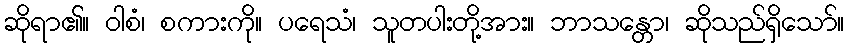
ဆိုရာ၏။ ဝါစံ၊ စကားကို။ ပရေသံ၊ သူတပါးတို့အား။ ဘာသန္တော၊ ဆိုသည်ရှိသော်။